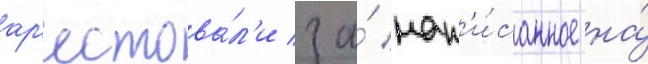
ар'естова́л'и за́ нап'и́санное на́